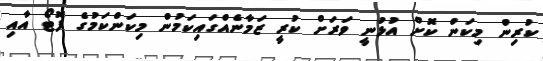
ކުރިން މިކަން ކޮށް އުޅުނީ ވަރަށް ކުރީ ޒަމާނެއްގައިކަމުން މިކަންކަމުގެ ފޮޓޯ އާއި